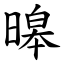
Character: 暤